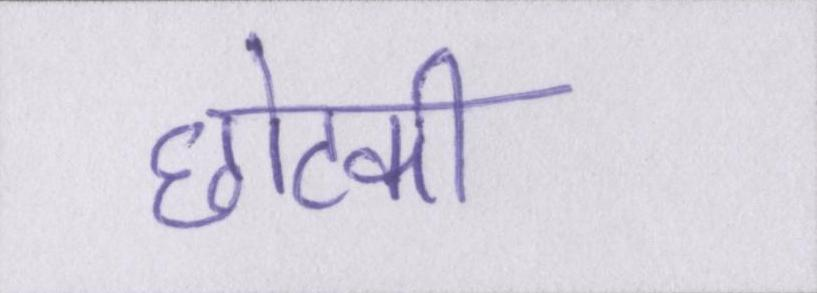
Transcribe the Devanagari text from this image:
छोटकी